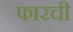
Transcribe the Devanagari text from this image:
फारची